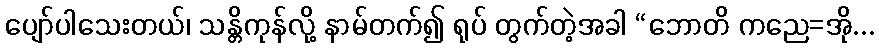
ပျော်ပါသေးတယ်၊ သန္တိကုန်လို့ နာမ်တက်၍ ရုပ် တွက်တဲ့အခါ “ဘောတိ ကညေ=အို...